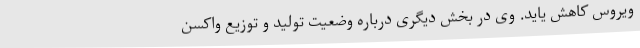
ویروس کاهش یاید. وی در بخش دیگری درباره وضعیت تولید و توزیع واکسن